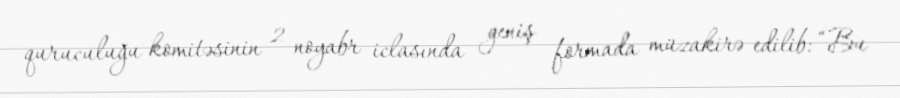
quruculuğu komitəsinin 2 noyabr iclasında geniş formada müzakirə edilib: “Bu